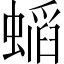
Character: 𲀅